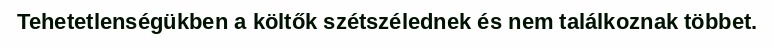
Tehetetlenségükben a költők szétszélednek és nem találkoznak többet.